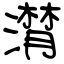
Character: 潸